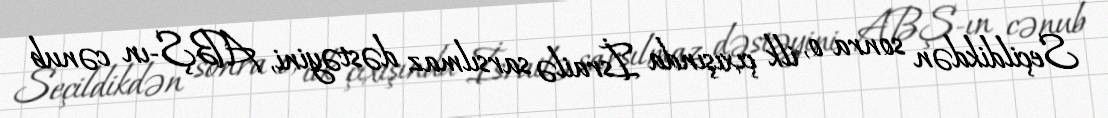
Seçildikdən sonra o, ilk çıxışında İsrailə sarsılmaz dəstəyini, ABŞ-ın cənub